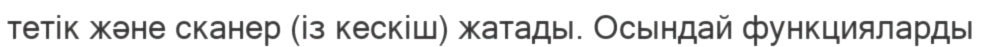
тетік және сканер (із кескіш) жатады. Осындай функцияларды